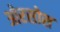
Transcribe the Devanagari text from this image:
ओरसोस